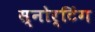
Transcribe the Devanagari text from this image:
स्नोर्टिंग